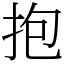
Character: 抱